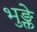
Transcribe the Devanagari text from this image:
भुङ्क्ते